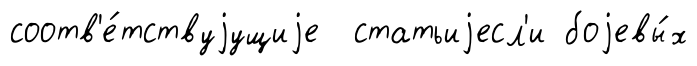
соотв'е́тствуjущиjе статьиjесл'и боjевы́х